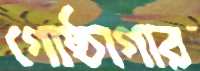
গোষ্ঠাগার